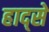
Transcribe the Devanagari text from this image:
हाद्से